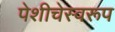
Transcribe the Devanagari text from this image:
पेशीचेस्वरूप